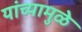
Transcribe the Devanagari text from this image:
यांच्‍यामुळे